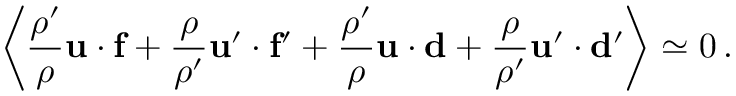
\left\langle { \frac { \rho ^ { \prime } } { \rho } } { \bf u } \cdot { \bf f } + { \frac { \rho } { \rho ^ { \prime } } } { \bf u } ^ { \prime } \cdot { \bf f ^ { \prime } } + { \frac { \rho ^ { \prime } } { \rho } } { \bf u } \cdot { \bf d } + { \frac { \rho } { \rho ^ { \prime } } } { \bf u } ^ { \prime } \cdot { \bf d ^ { \prime } } \right\rangle \simeq 0 \, .